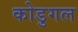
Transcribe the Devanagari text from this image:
कोडुगल